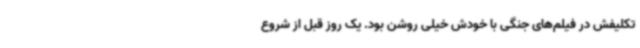
تکلیفش در فیلم‌های جنگی با خودش خیلی روشن بود. یک روز قبل از شروع